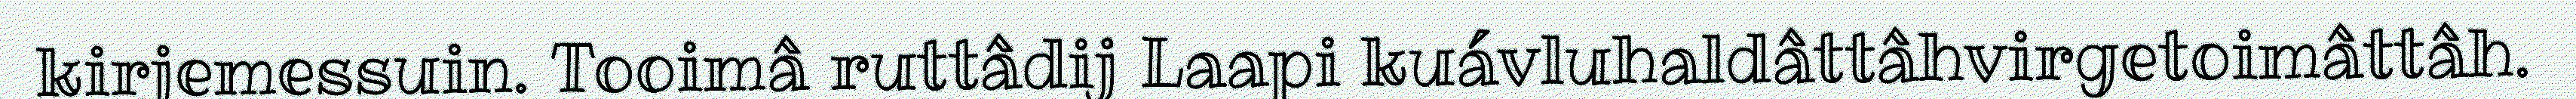
kirjemessuin. Tooimâ ruttâdij Laapi kuávluhaldâttâhvirgetoimâttâh.